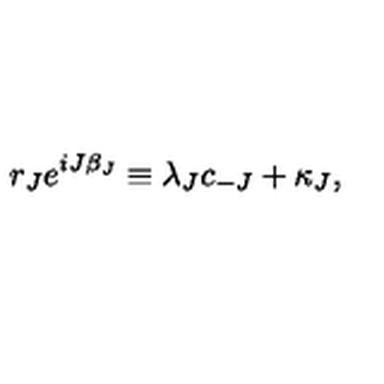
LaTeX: r _ { J } e ^ { i J \beta _ { J } } \equiv \lambda _ { J } c _ { - J } + \kappa _ { J } ,